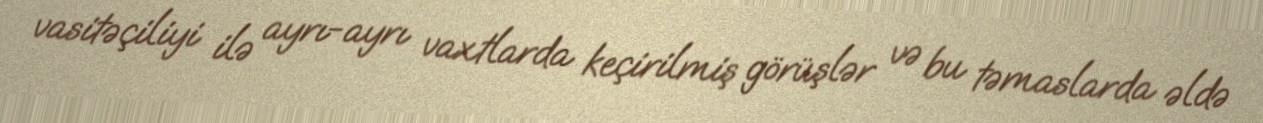
vasitəçiliyi ilə ayrı-ayrı vaxtlarda keçirilmiş görüşlər və bu təmaslarda əldə